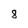
Character: 8